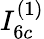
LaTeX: I_{6c}^{(1)}